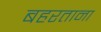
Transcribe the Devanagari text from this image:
बहरताना